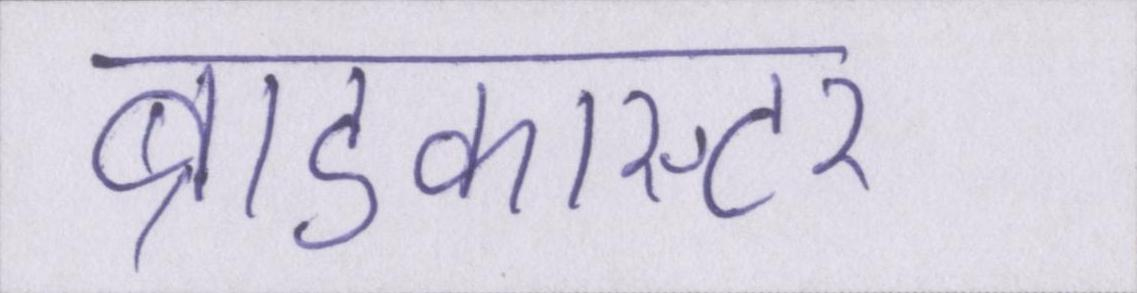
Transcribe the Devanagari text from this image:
ब्राडकास्टर